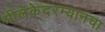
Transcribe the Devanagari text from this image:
श्रीलंकेदरम्यानचा